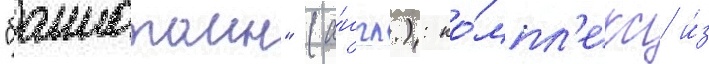
"баннатаин" (а́нгл.): ко́мпл'екс и́з